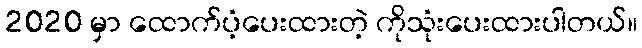
2020 မှာ ထောက်ပံ့ပေးထားတဲ့ ကိုသုံးပေးထားပါတယ်။